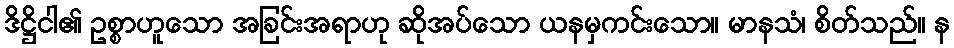
ဒိဋ္ဌိငါ၏ ဥစ္စာဟူသော အခြင်းအရာဟု ဆိုအပ်သော ယနမှကင်းသော။ မာနသံ၊ စိတ်သည်။ န